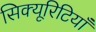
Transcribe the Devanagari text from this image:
सिक्यूरिटियाँ